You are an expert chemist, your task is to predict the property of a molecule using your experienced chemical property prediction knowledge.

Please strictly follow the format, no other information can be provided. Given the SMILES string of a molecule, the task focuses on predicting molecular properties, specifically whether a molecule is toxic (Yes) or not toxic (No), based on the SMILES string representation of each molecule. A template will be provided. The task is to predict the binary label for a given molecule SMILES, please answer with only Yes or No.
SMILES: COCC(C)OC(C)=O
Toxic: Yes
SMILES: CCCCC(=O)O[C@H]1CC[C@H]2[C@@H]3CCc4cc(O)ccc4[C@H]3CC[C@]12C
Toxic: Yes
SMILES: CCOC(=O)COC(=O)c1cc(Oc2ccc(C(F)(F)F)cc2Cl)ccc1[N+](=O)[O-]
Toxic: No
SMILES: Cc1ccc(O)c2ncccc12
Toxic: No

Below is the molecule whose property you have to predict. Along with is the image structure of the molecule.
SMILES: COC(=O)N(OC)c1ccccc1COc1ccn(-c2ccc(Cl)cc2)n1
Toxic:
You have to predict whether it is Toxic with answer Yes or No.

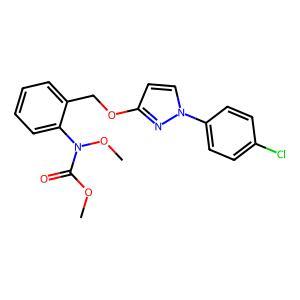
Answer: No